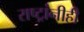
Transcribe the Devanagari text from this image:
राष्ट्रांनीही